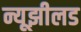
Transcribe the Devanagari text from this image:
न्यूझीलड